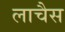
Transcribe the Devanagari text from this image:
लाचैस